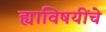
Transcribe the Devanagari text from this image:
ह्याविषयींचे